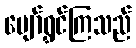
ပျော်ရွှင်ကြသည်